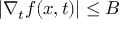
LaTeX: | \nabla _ { t } f ( x , t ) | \leq B